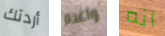
أردتك واعدة انه